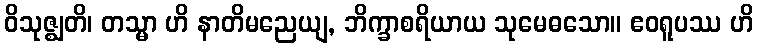
ဝိသုဇ္ဈတိ၊ တသ္မာ ဟိ နာတိမညေယျ, ဘိက္ခာစရိယာယ သုမေဓသော။ ဧဝရူပဿ ဟိ